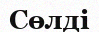
Сөлді